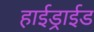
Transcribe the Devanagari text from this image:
हाईड्राईड